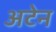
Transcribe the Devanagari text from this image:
अटेन